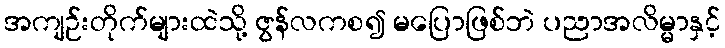
အကျဉ်းတိုက်များထဲသို့ ဇွန်လကစ၍ မပြောဖြစ်ဘဲ ပညာအလိမ္မာနှင့်